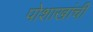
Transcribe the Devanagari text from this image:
पोशाखांची